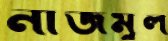
নাজমুল